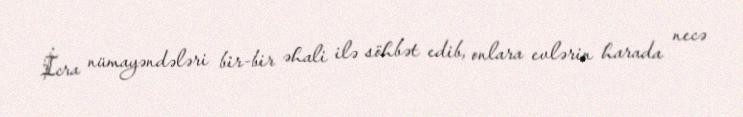
İcra nümayəndələri bir-bir əhali ilə söhbət edib, onlara evlərin harada necə